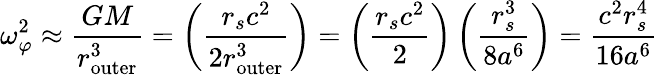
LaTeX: \omega_{\varphi}^{2}\approx{\frac{GM}{r_{\mathrm{outer}}^{3}}}=\left({\frac{r_{s}c^{2}}{2r_{\mathrm{outer}}^{3}}}\right)=\left({\frac{r_{s}c^{2}}{2}}\right)\left({\frac{r_{s}^{3}}{8a^{6}}}\right)={\frac{c^{2}r_{s}^{4}}{16a^{6}}}